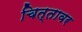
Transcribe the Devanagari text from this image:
चित्तावर